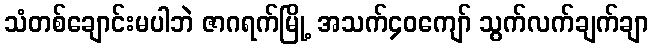
သံတစ်ချောင်းမပါဘဲ ဇာဂရက်မြို့ အသက်၄၀ကျော် သွက်လက်ချက်ချာ